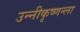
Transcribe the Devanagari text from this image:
उन्नीकृष्णन्ला